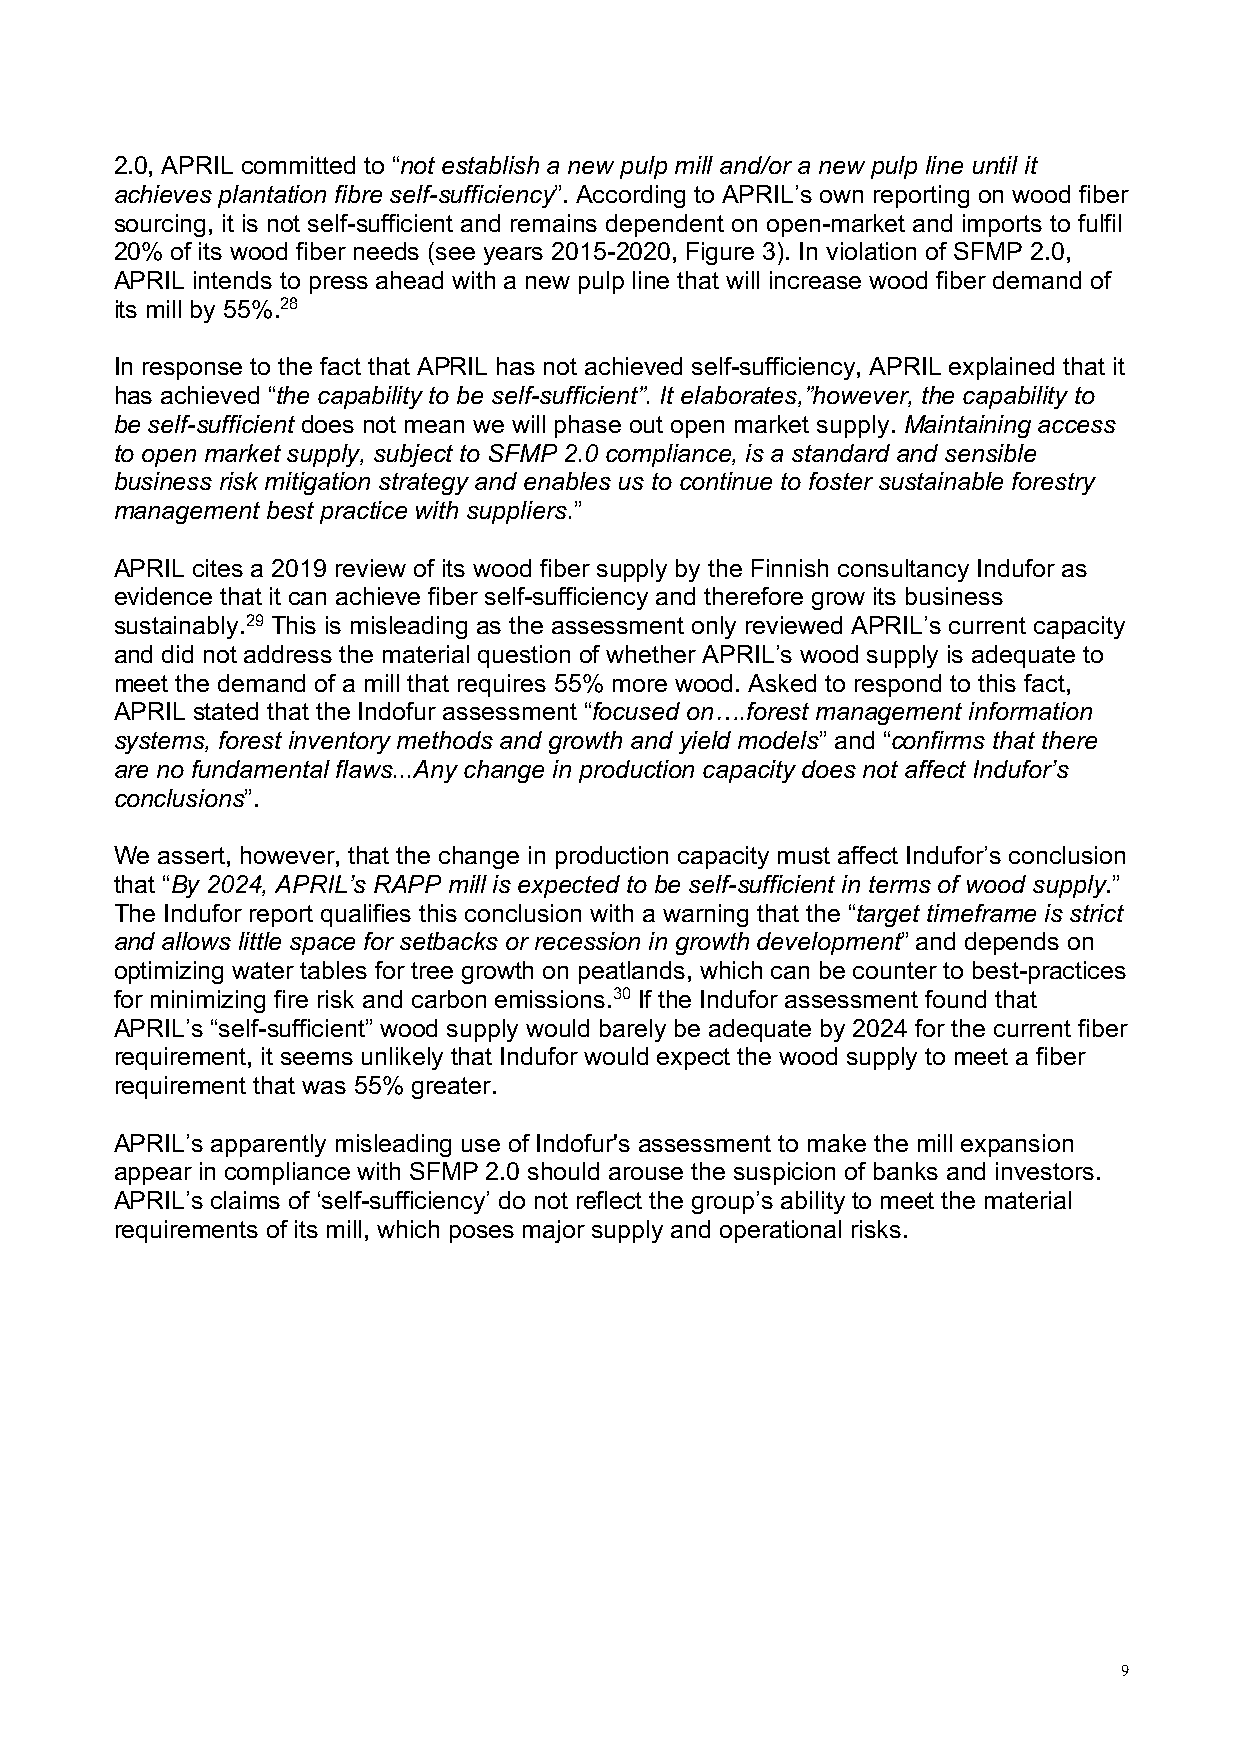
2.0, APRIL committed to “not establish a new pulp mill and/or a new pulp line until it
 achieves plantation fibre self-sufficiency”. According to APRIL’s own reporting on wood fiber
 sourcing, it is not self-sufficient and remains dependent on open-market and imports to fulfil
 20% of its wood fiber needs (see years 2015-2020, Figure 3). In violation of SFMP 2.0,
 APRIL intends to press ahead with a new pulp line that will increase wood fiber demand of
 its mill by 55%.28
 In response to the fact that APRIL has not achieved self-sufficiency, APRIL explained that it
 has achieved “the capability to be self-sufficient”. It elaborates,”however, the capability to
 be self-sufficient does not mean we will phase out open market supply. Maintaining access
 to open market supply, subject to SFMP 2.0 compliance, is a standard and sensible
 business risk mitigation strategy and enables us to continue to foster sustainable forestry
 management best practice with suppliers.”
 APRIL cites a 2019 review of its wood fiber supply by the Finnish consultancy Indufor as
 evidence that it can achieve fiber self-sufficiency and therefore grow its business
 sustainably.29 This is misleading as the assessment only reviewed APRIL’s current capacity
 and did not address the material question of whether APRIL’s wood supply is adequate to
 meet the demand of a mill that requires 55% more wood. Asked to respond to this fact,
 APRIL stated that the Indofur assessment “focused on….forest management information
 systems, forest inventory methods and growth and yield models” and “confirms that there
 are no fundamental flaws...Any change in production capacity does not affect Indufor’s
 conclusions”.
 We assert, however, that the change in production capacity must affect Indufor’s conclusion
 that “By 2024, APRIL’s RAPP mill is expected to be self-sufficient in terms of wood supply.”
 The Indufor report qualifies this conclusion with a warning that the “target timeframe is strict
 and allows little space for setbacks or recession in growth development” and depends on
 optimizing water tables for tree growth on peatlands, which can be counter to best-practices
 for minimizing fire risk and carbon emissions.30 If the Indufor assessment found that
 APRIL’s “self-sufficient” wood supply would barely be adequate by 2024 for the current fiber
 requirement, it seems unlikely that Indufor would expect the wood supply to meet a fiber
 requirement that was 55% greater.
 APRIL’s apparently misleading use of Indofur's assessment to make the mill expansion
 appear in compliance with SFMP 2.0 should arouse the suspicion of banks and investors.
 APRIL’s claims of ‘self-sufficiency’ do not reflect the group’s ability to meet the material
 requirements of its mill, which poses major supply and operational risks.
 9